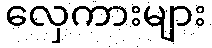
လှေကားများ